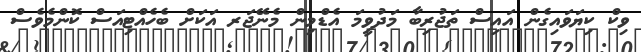
ވިކް ކިޔަވައިގެން އައިސް ތަޖުރިބާ މަދުވީމަ އެޑްމިން މެނޭޖަރ އަކަށް ބެހެއްޓިއަސް ކޮންމެވެސް